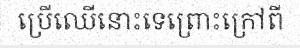
ប្រើឈើនោះទេព្រោះក្រៅពី